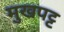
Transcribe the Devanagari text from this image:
मुखपट्ट